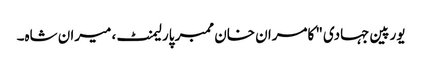
یورپین جہادی" کامران خان ممبر پارلیمنٹ، میران شاہ۔